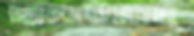
ছানাউল্লাহ্